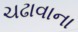
ચઢાવાના